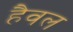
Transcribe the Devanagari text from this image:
हैवल